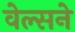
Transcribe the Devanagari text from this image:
वेल्सने